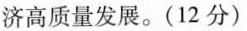
济高质量发展。(12分)